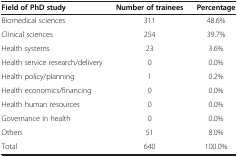
<table><thead><tr><td><b>Field of PhD study</b></td><td><b>Number of trainees</b></td><td><b>Percentage</b></td></tr></thead><tbody><tr><td>Biomedical sciences</td><td>311</td><td>48.6%</td></tr><tr><td>Clinical sciences</td><td>254</td><td>39.7%</td></tr><tr><td>Health systems</td><td>23</td><td>3.6%</td></tr><tr><td>Health service research/delivery</td><td>0</td><td>0.0%</td></tr><tr><td>Health policy/planning</td><td>1</td><td>0.2%</td></tr><tr><td>Health economics/financing</td><td>0</td><td>0.0%</td></tr><tr><td>Health human resources</td><td>0</td><td>0.0%</td></tr><tr><td>Governance in health</td><td>0</td><td>0.0%</td></tr><tr><td>Others</td><td>51</td><td>8.0%</td></tr><tr><td>Total</td><td>640</td><td>100.0%</td></tr></tbody></table>